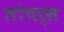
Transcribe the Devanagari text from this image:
लांचर्स